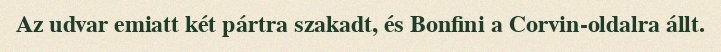
Az udvar emiatt két pártra szakadt, és Bonfini a Corvin-oldalra állt.